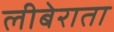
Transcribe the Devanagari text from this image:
लीबेराता